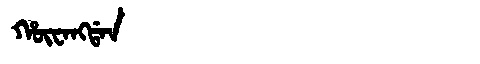
Manchu: ᡥᡡᠸᠠᠩᡩᠠᠨ
Romanization: HŪWANGDAN